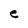
Character: e